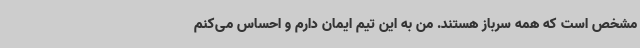
مشخص است که همه سرباز هستند. من به این تیم ایمان دارم و احساس می‌کنم